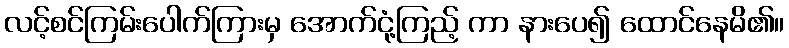
လင့်စင်ကြမ်းပေါက်ကြားမှ အောက်ငုံ့ကြည့် ကာ နားပေ၍ ထောင်နေမိ၏။